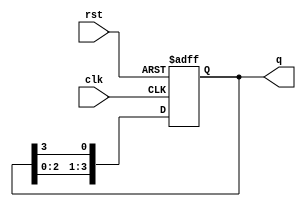
module ring_counter #(
    parameter N = 4 // Number of flip-flops, can be modified as needed
) (
    input wire clk,               // Clock input
    input wire rst,               // Asynchronous reset input
    output reg [N-1:0] q          // Output representing the current state
);

// Internal signal for the next state
reg [N-1:0] next_q;

// Always block to handle the reset and updating the state
always @(posedge clk or posedge rst) begin
    if (rst) begin
        q <= 1'b1; // Set to initial state (0001)
    end else begin
        q <= next_q; // Update to next state
    end
end

// Combinational logic to determine the next state of the ring counter
always @(*) begin
    next_q = {q[N-2:0], q[N-1]}; // Shift the '1' through the ring
end

endmodule